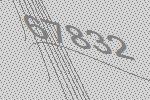
67832